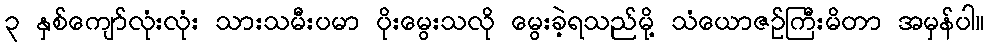
၃ နှစ်ကျော်လုံးလုံး သားသမီးပမာ ပိုးမွေးသလို မွေးခဲ့ရသည်မို့ သံယောဇဉ်ကြီးမိတာ အမှန်ပါ။